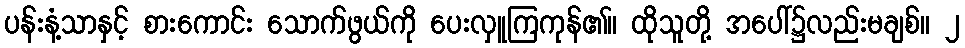
ပန်းနံ့သာနှင့် စားကောင်း သောက်ဖွယ်ကို ပေးလှူကြကုန်၏။ ထိုသူတို့ အပေါ်၌လည်းမချစ်။ ၂